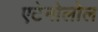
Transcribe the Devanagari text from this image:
एटेनोलोल